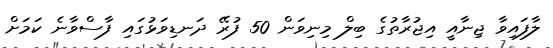
ލާފައިވާ ޖިނާއީ އިޖުރާތުގެ ބިލް މިނިވަން 50 ފުރޭ ދަނޑިވަޅުގައި ފާސްވާނެ ކަމަށް